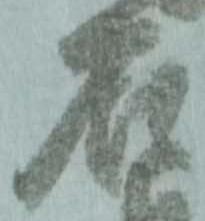
石